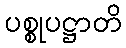
ပစ္စုပဋ္ဌာတိ